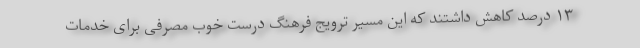
۱۳ درصد کاهش داشتند که این مسیر ترویج فرهنگ درست خوب مصرفی برای خدمات